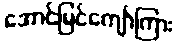
အောင်မြင်ကျော်ကြား